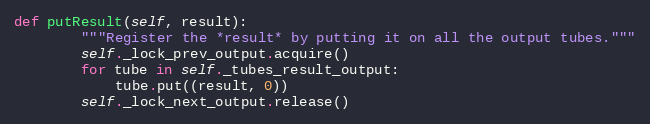
Language: Python
def putResult(self, result):
        """Register the *result* by putting it on all the output tubes."""
        self._lock_prev_output.acquire()
        for tube in self._tubes_result_output:
            tube.put((result, 0))
        self._lock_next_output.release()